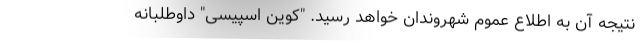
نتیجه آن به اطلاع عموم شهروندان خواهد رسید. "کوین اسپیسی" داوطلبانه